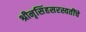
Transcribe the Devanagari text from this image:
श्रीनृसिंहसरस्वतींचे